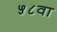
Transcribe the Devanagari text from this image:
५८वा